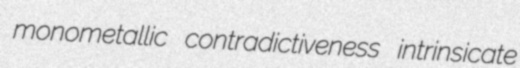
monometallic contradictiveness intrinsicate